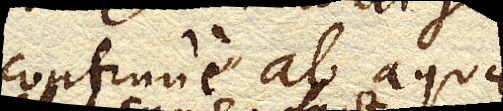
continue ab aquae